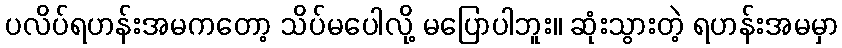
ပလိပ်ရဟန်းအမကတော့ သိပ်မပေါလို့ မပြောပါဘူး။ ဆုံးသွားတဲ့ ရဟန်းအမမှာ